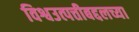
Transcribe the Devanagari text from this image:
विश्वउत्पत्तीबद्दलच्या